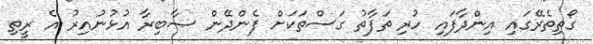
ގޯތިތެރޭގައި އިންދާފައި ހުރި ތަފާތު ގަސްތަކަށް ފެންދޭން ޞާބިރާ އުޅުނުއިރު އެ ރީތި